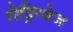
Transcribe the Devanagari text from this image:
रोड्रिग्वेज